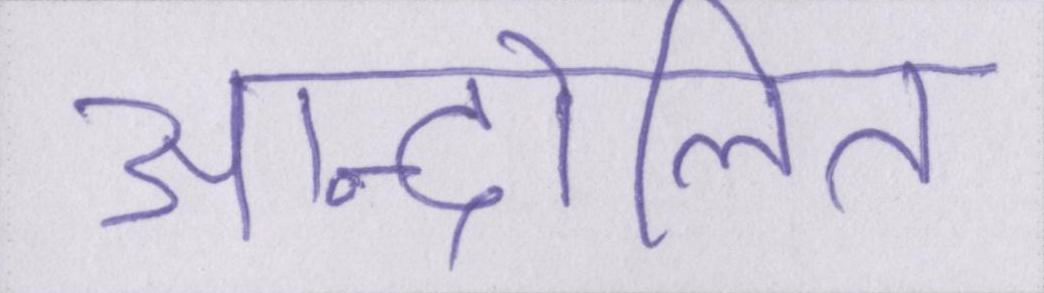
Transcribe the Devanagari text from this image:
आन्दोलित